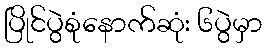
ပြိုင်ပွဲစုံနောက်ဆုံး ၆ပွဲမှာ